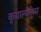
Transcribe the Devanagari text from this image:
कुयाल्कोम्म